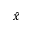
\hat { x }